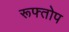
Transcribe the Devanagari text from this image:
रूफ्तोप